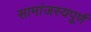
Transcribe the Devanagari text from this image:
सामांजस्यपूर्ण